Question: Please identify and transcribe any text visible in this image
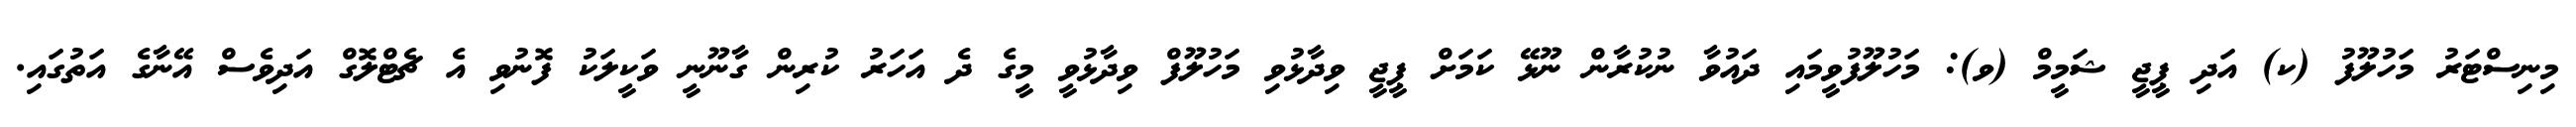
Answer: މިނިސްޓަރު މަހުލޫފު (ކ) އަދި ޕީޖީ ޝަމީމް (ވ): މަހުލޫފުވީމައި ދައުވާ ނުކުރާން ނޫޅޭ ކަމަށް ޕީޖީ ވިދާޅުވި މަހުލޫފް ވިދާޅުވީ މީގެ ދެ އަހަރު ކުރިން ގާނޫނީ ވަކީލަކު ފޮނުވި އެ ޗެޓްލޮގް އަދިވެސް އޭނާގެ އަތުގައި.